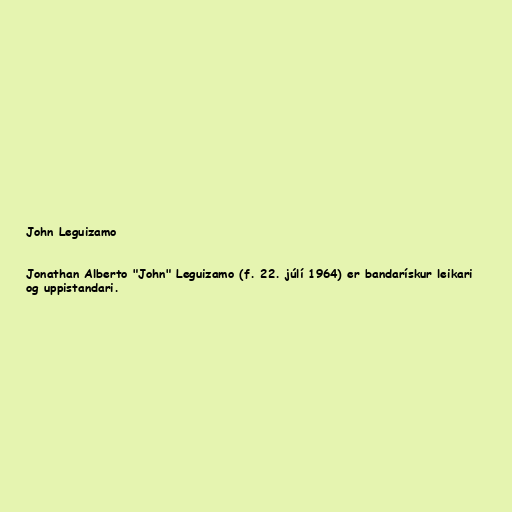
John Leguizamo

Jonathan Alberto "John" Leguizamo (f. 22. júlí 1964) er bandarískur leikari
og uppistandari.